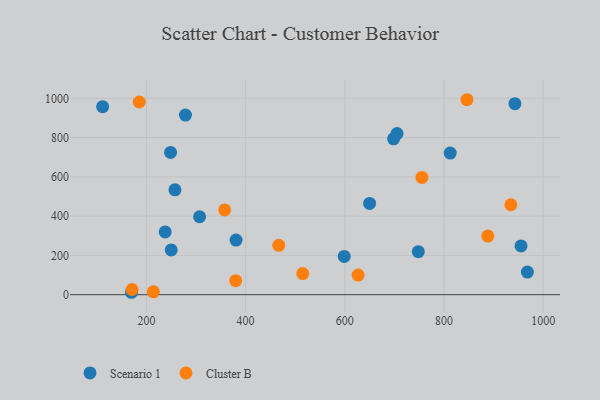
{"axis": {"x": "Distance", "y": "Fuel Efficiency"}, "legend": ["Cluster B", "Scenario 1"], "data": [{"x": "257.5", "y": 533.8, "type": "Scenario 1"}, {"x": "111.7", "y": 957.6, "type": "Scenario 1"}, {"x": "748.2", "y": 219.1, "type": "Scenario 1"}, {"x": "248.7", "y": 724.6, "type": "Scenario 1"}, {"x": "278.7", "y": 914.5, "type": "Scenario 1"}, {"x": "650.0", "y": 464.7, "type": "Scenario 1"}, {"x": "307.2", "y": 396.9, "type": "Scenario 1"}, {"x": "705.3", "y": 820.2, "type": "Scenario 1"}, {"x": "955.3", "y": 248.4, "type": "Scenario 1"}, {"x": "169.8", "y": 12.3, "type": "Scenario 1"}, {"x": "968.1", "y": 115.1, "type": "Scenario 1"}, {"x": "698.3", "y": 793.7, "type": "Scenario 1"}, {"x": "250.0", "y": 227.7, "type": "Scenario 1"}, {"x": "943.0", "y": 972.7, "type": "Scenario 1"}, {"x": "237.8", "y": 319.4, "type": "Scenario 1"}, {"x": "598.8", "y": 194.9, "type": "Scenario 1"}, {"x": "812.5", "y": 721.3, "type": "Scenario 1"}, {"x": "380.7", "y": 277.9, "type": "Scenario 1"}, {"x": "357.8", "y": 431.4, "type": "Cluster B"}, {"x": "846.3", "y": 992.8, "type": "Cluster B"}, {"x": "214.0", "y": 14.7, "type": "Cluster B"}, {"x": "171.0", "y": 26.4, "type": "Cluster B"}, {"x": "934.8", "y": 458.1, "type": "Cluster B"}, {"x": "466.9", "y": 251.4, "type": "Cluster B"}, {"x": "515.2", "y": 107.6, "type": "Cluster B"}, {"x": "755.5", "y": 597.2, "type": "Cluster B"}, {"x": "185.6", "y": 981.1, "type": "Cluster B"}, {"x": "888.4", "y": 298.5, "type": "Cluster B"}, {"x": "380.1", "y": 71.2, "type": "Cluster B"}, {"x": "626.9", "y": 99.9, "type": "Cluster B"}]}